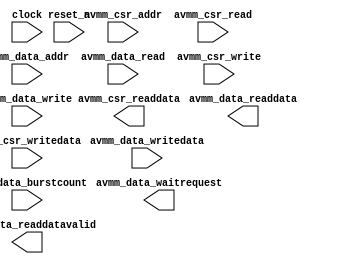

module altera_flash (
	clock,
	reset_n,
	avmm_data_addr,
	avmm_data_read,
	avmm_data_writedata,
	avmm_data_write,
	avmm_data_readdata,
	avmm_data_waitrequest,
	avmm_data_readdatavalid,
	avmm_data_burstcount,
	avmm_csr_addr,
	avmm_csr_read,
	avmm_csr_writedata,
	avmm_csr_write,
	avmm_csr_readdata);	

	input		clock;
	input		reset_n;
	input	[16:0]	avmm_data_addr;
	input		avmm_data_read;
	input	[31:0]	avmm_data_writedata;
	input		avmm_data_write;
	output	[31:0]	avmm_data_readdata;
	output		avmm_data_waitrequest;
	output		avmm_data_readdatavalid;
	input	[2:0]	avmm_data_burstcount;
	input		avmm_csr_addr;
	input		avmm_csr_read;
	input	[31:0]	avmm_csr_writedata;
	input		avmm_csr_write;
	output	[31:0]	avmm_csr_readdata;
endmodule